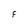
Character: F